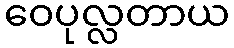
ဝေပုလ္လတာယ